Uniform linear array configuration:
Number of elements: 16
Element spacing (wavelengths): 0.25
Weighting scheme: binomial
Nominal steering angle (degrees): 15
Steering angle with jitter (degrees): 15.696
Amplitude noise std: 0.05
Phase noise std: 0.05

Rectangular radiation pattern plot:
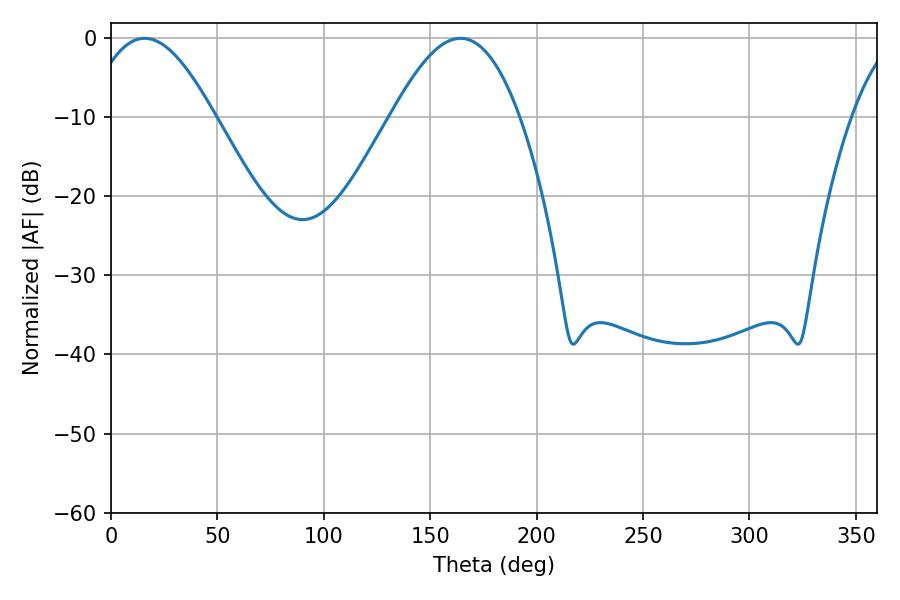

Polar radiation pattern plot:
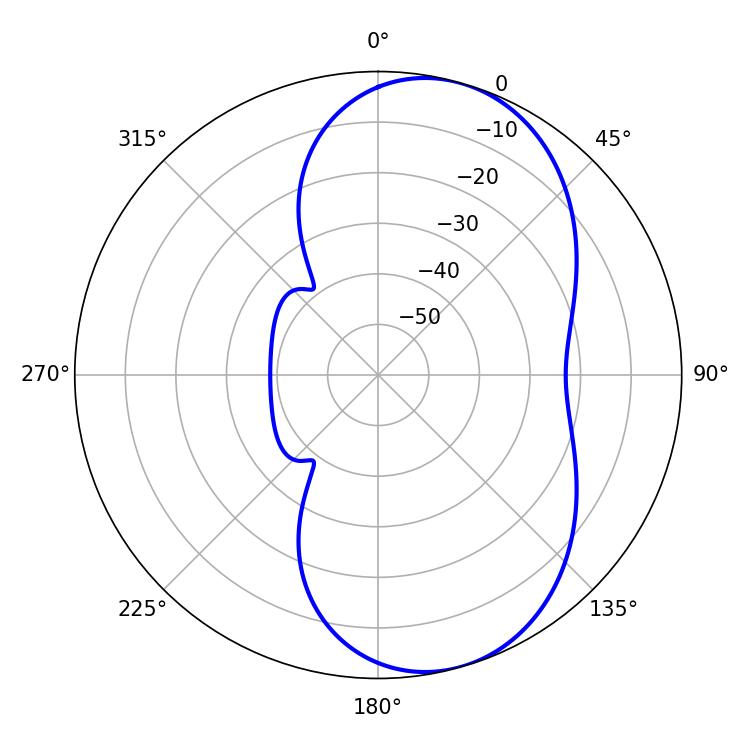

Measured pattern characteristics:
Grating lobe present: FALSE
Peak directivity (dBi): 7.312
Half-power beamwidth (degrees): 32.76
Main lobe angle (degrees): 15.84